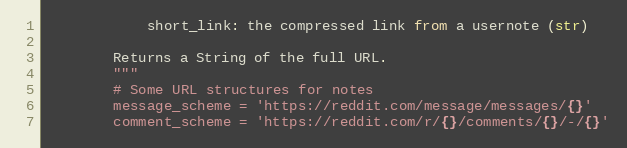
Language: Python
            short_link: the compressed link from a usernote (str)

        Returns a String of the full URL.
        """
        # Some URL structures for notes
        message_scheme = 'https://reddit.com/message/messages/{}'
        comment_scheme = 'https://reddit.com/r/{}/comments/{}/-/{}'